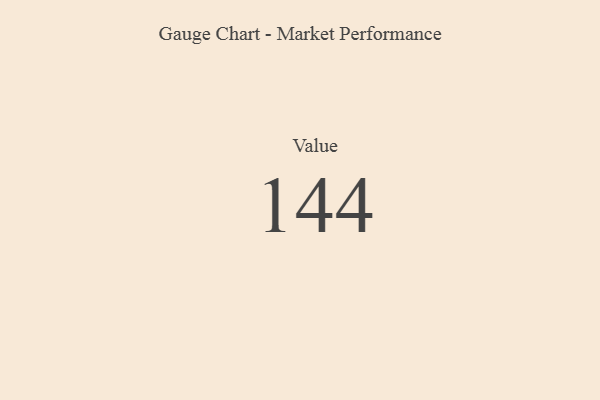
{"axis": {"x": "Metric", "y": "Value"}, "legend": [""], "data": [{"x": "Value", "y": 144, "type": ""}]}